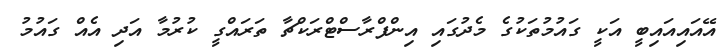
އޭއައިއައިބީ އަކީ ގައުމުތަކުގެ މެދުގައި އިންފްރާސްޓްރަކްޗާ ތަރައްގީ ކުރުމާ އަދި އެއް ގައުމު